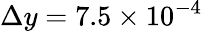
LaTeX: \Delta{y}=7.5\times 10^{-4}